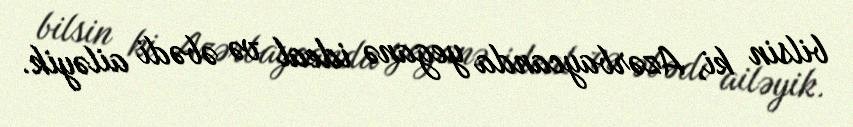
bilsin ki, Azərbaycanda yeganə ideal və əbədi ailəyik.